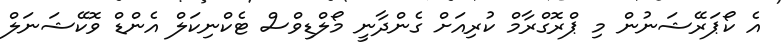
އެ ކޯޕަރޭޝަނުން މި ޕްރޮގްރާމް ކުރިއަށް ގެންދާނީ މޯލްޑިވްސް ޓެކްނިކަލް އެންޑް ވޮކޭޝަނަލް